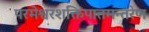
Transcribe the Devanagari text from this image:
परमेश्वरशक्तिपातमन्तरेण